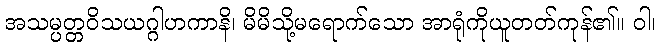
အသမ္ပတ္တဝိသယဂ္ဂါဟကာနိ၊ မိမိသို့မရောက်သော အာရုံကိုယူတတ်ကုန်၏။ ဝါ၊